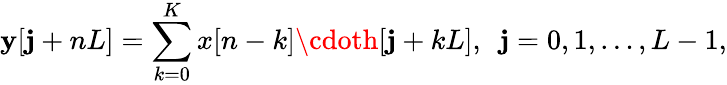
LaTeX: \mathbf{y}[\mathbf{j}+nL]=\sum_{k=0}^{K}x[n-k]\cdoth[\mathbf{j}+kL],\ \ \mathbf{j}=0,1,\ldots,L-1,